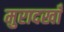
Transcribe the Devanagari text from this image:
मुरादखाँ